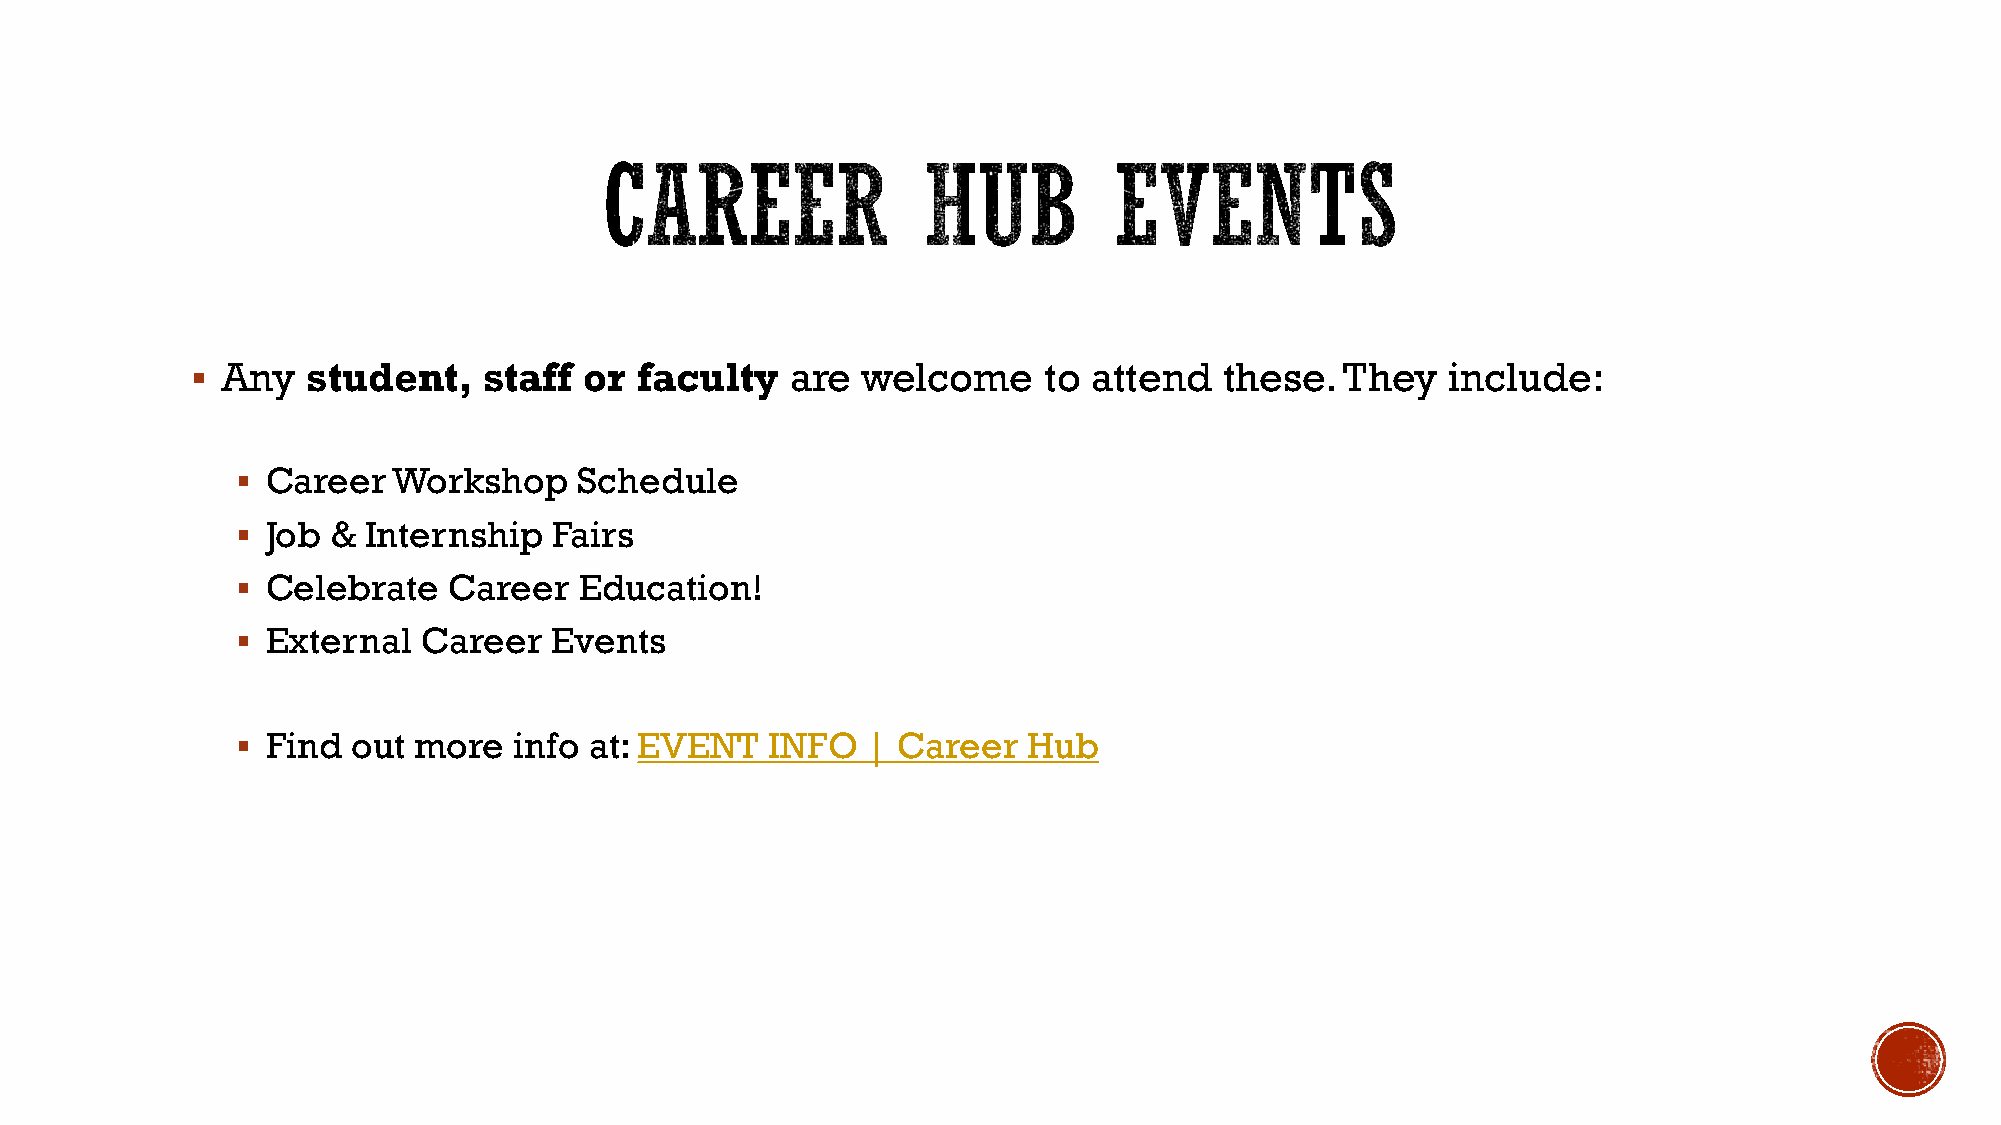
 Any  student,    staff  or faculty   are  welcome     to attend   these.  They   include:
  Career  Workshop    Schedule
  Job & Internship   Fairs
  Celebrate   Career  Education!
  External  Career  Events
  Find out more   info at: EVENT   INFO  | Career   Hub